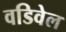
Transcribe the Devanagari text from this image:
वडिवेल